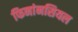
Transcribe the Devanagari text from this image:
फिनांनसियल